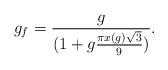
LaTeX: \begin{align*}g_f = {g \over (1 +g {\pi x(g) \sqrt{3} \over 9})}.\end{align*}